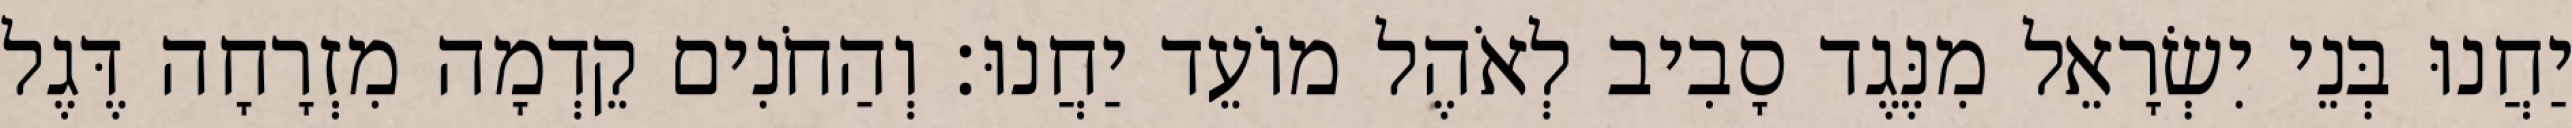
יַחֲנוּ בְּנֵי יִשְׂרָאֵל מִנֶּגֶד סָבִיב לְאֹהֶל מוֹעֵד יַחֲנוּ׃ וְהַחֹנִים קֵדְמָה מִזְרָחָה דֶּגֶל